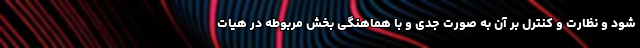
شود و نظارت و کنترل بر آن به صورت جدی و با هماهنگی بخش مربوطه در هیات